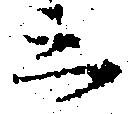
云